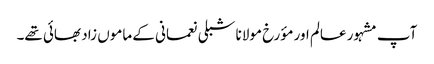
آپ مشہور عالم اور مؤرخ مولانا شبلی نعمانی کے ماموں زاد بھائی تھے۔